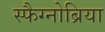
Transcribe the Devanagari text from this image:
स्फैग्नोब्रिया